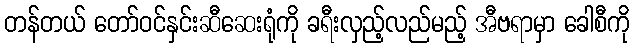
တန်တယ် တော်ဝင်နှင်းဆီဆေးရုံကို ခရီးလှည့်လည်မည့် အီဗရာမှာ ခေါစီကို